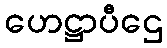
ဟေဋ္ဌာပီဌေ